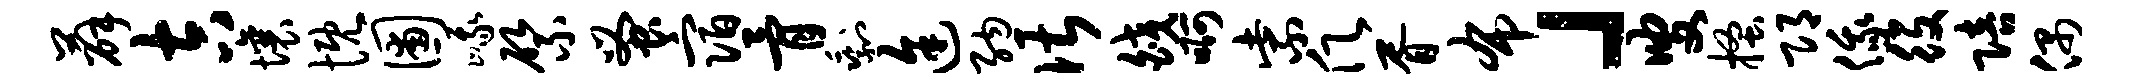
薛吉壤慨圃峨綮蚤宿骨剩途纳谌皎啊紫愿胥布」叟搔邛俄役陪偶